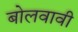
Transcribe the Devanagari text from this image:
बोलवावी